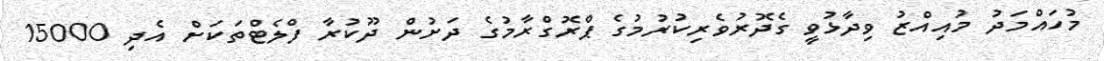
މުހައްމަދު މުއިއްޒު ވިދާޅުވީ ގެދޮރުވެރިކުރުމުގެ ޕްރޮގްރާމުގެ ދަށުން ދޫކުރާ ފްލެޓްތަކަށް އެދި 15000